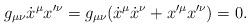
LaTeX: \begin{align*}g_{\mu\nu}\dot{x}^\mu x'^\nu=g_{\mu\nu}(\dot{x}^\mu\dot{x}^\nu+x'^\mu x'^\nu)=0.\end{align*}